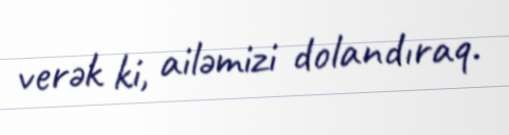
verək ki, ailəmizi dolandıraq.